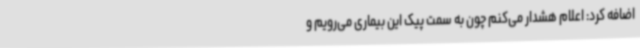
اضافه کرد: اعلام هشدار می‌کنم چون به سمت پیک این بیماری می‌رویم و